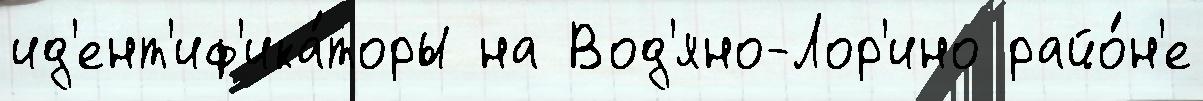
ид'ент'иф'ика́торы на Вод'яно-Лор'ино райо́н'е